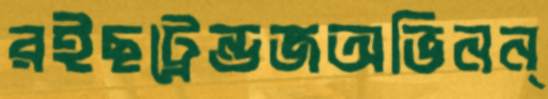
রইছট্রেন্ডজঅভিনন্